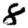
Digit: 8